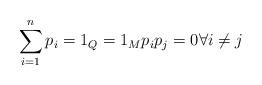
LaTeX: \begin{align*}\sum_{i=1}^n p_{i}=1_{Q}=1_{M} p_i p_j = 0 \forall i \neq j\end{align*}